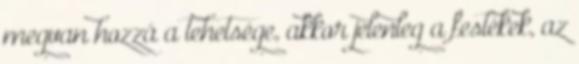
megvan hozzá a tehetsége, akkor jelenleg a festékek, az